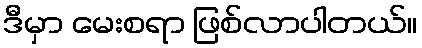
ဒီမှာ မေးစရာ ဖြစ်လာပါတယ်။